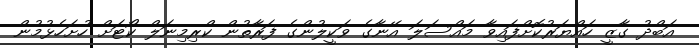
އަބްދު ގާޒީ ހައްޔަރުކޮށްފައިވާ މައްސަލަ އޭނާގެ ވަކީލުންގެ ފަރާތުން ކްރިމިނަލް ކޯޓަށް ހުށަހެޅުމުން